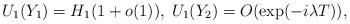
LaTeX: \begin{align*}U_1(Y_1)=H_1(1+o(1)),\; U_1(Y_2)=O(\exp(-i\lambda T)),\end{align*}